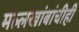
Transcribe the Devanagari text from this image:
मल्लखांबांचीही